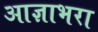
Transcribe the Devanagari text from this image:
आज्ञाभरा